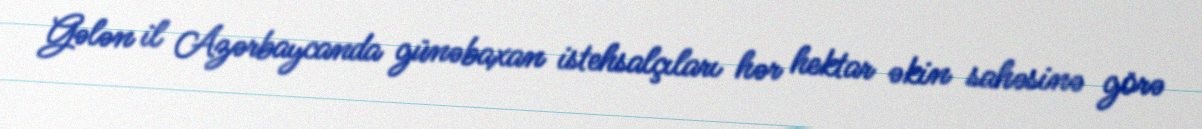
Gələn il Azərbaycanda günəbaxan istehsalçıları hər hektar əkin sahəsinə görə